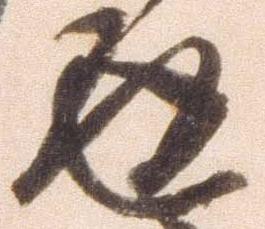
返